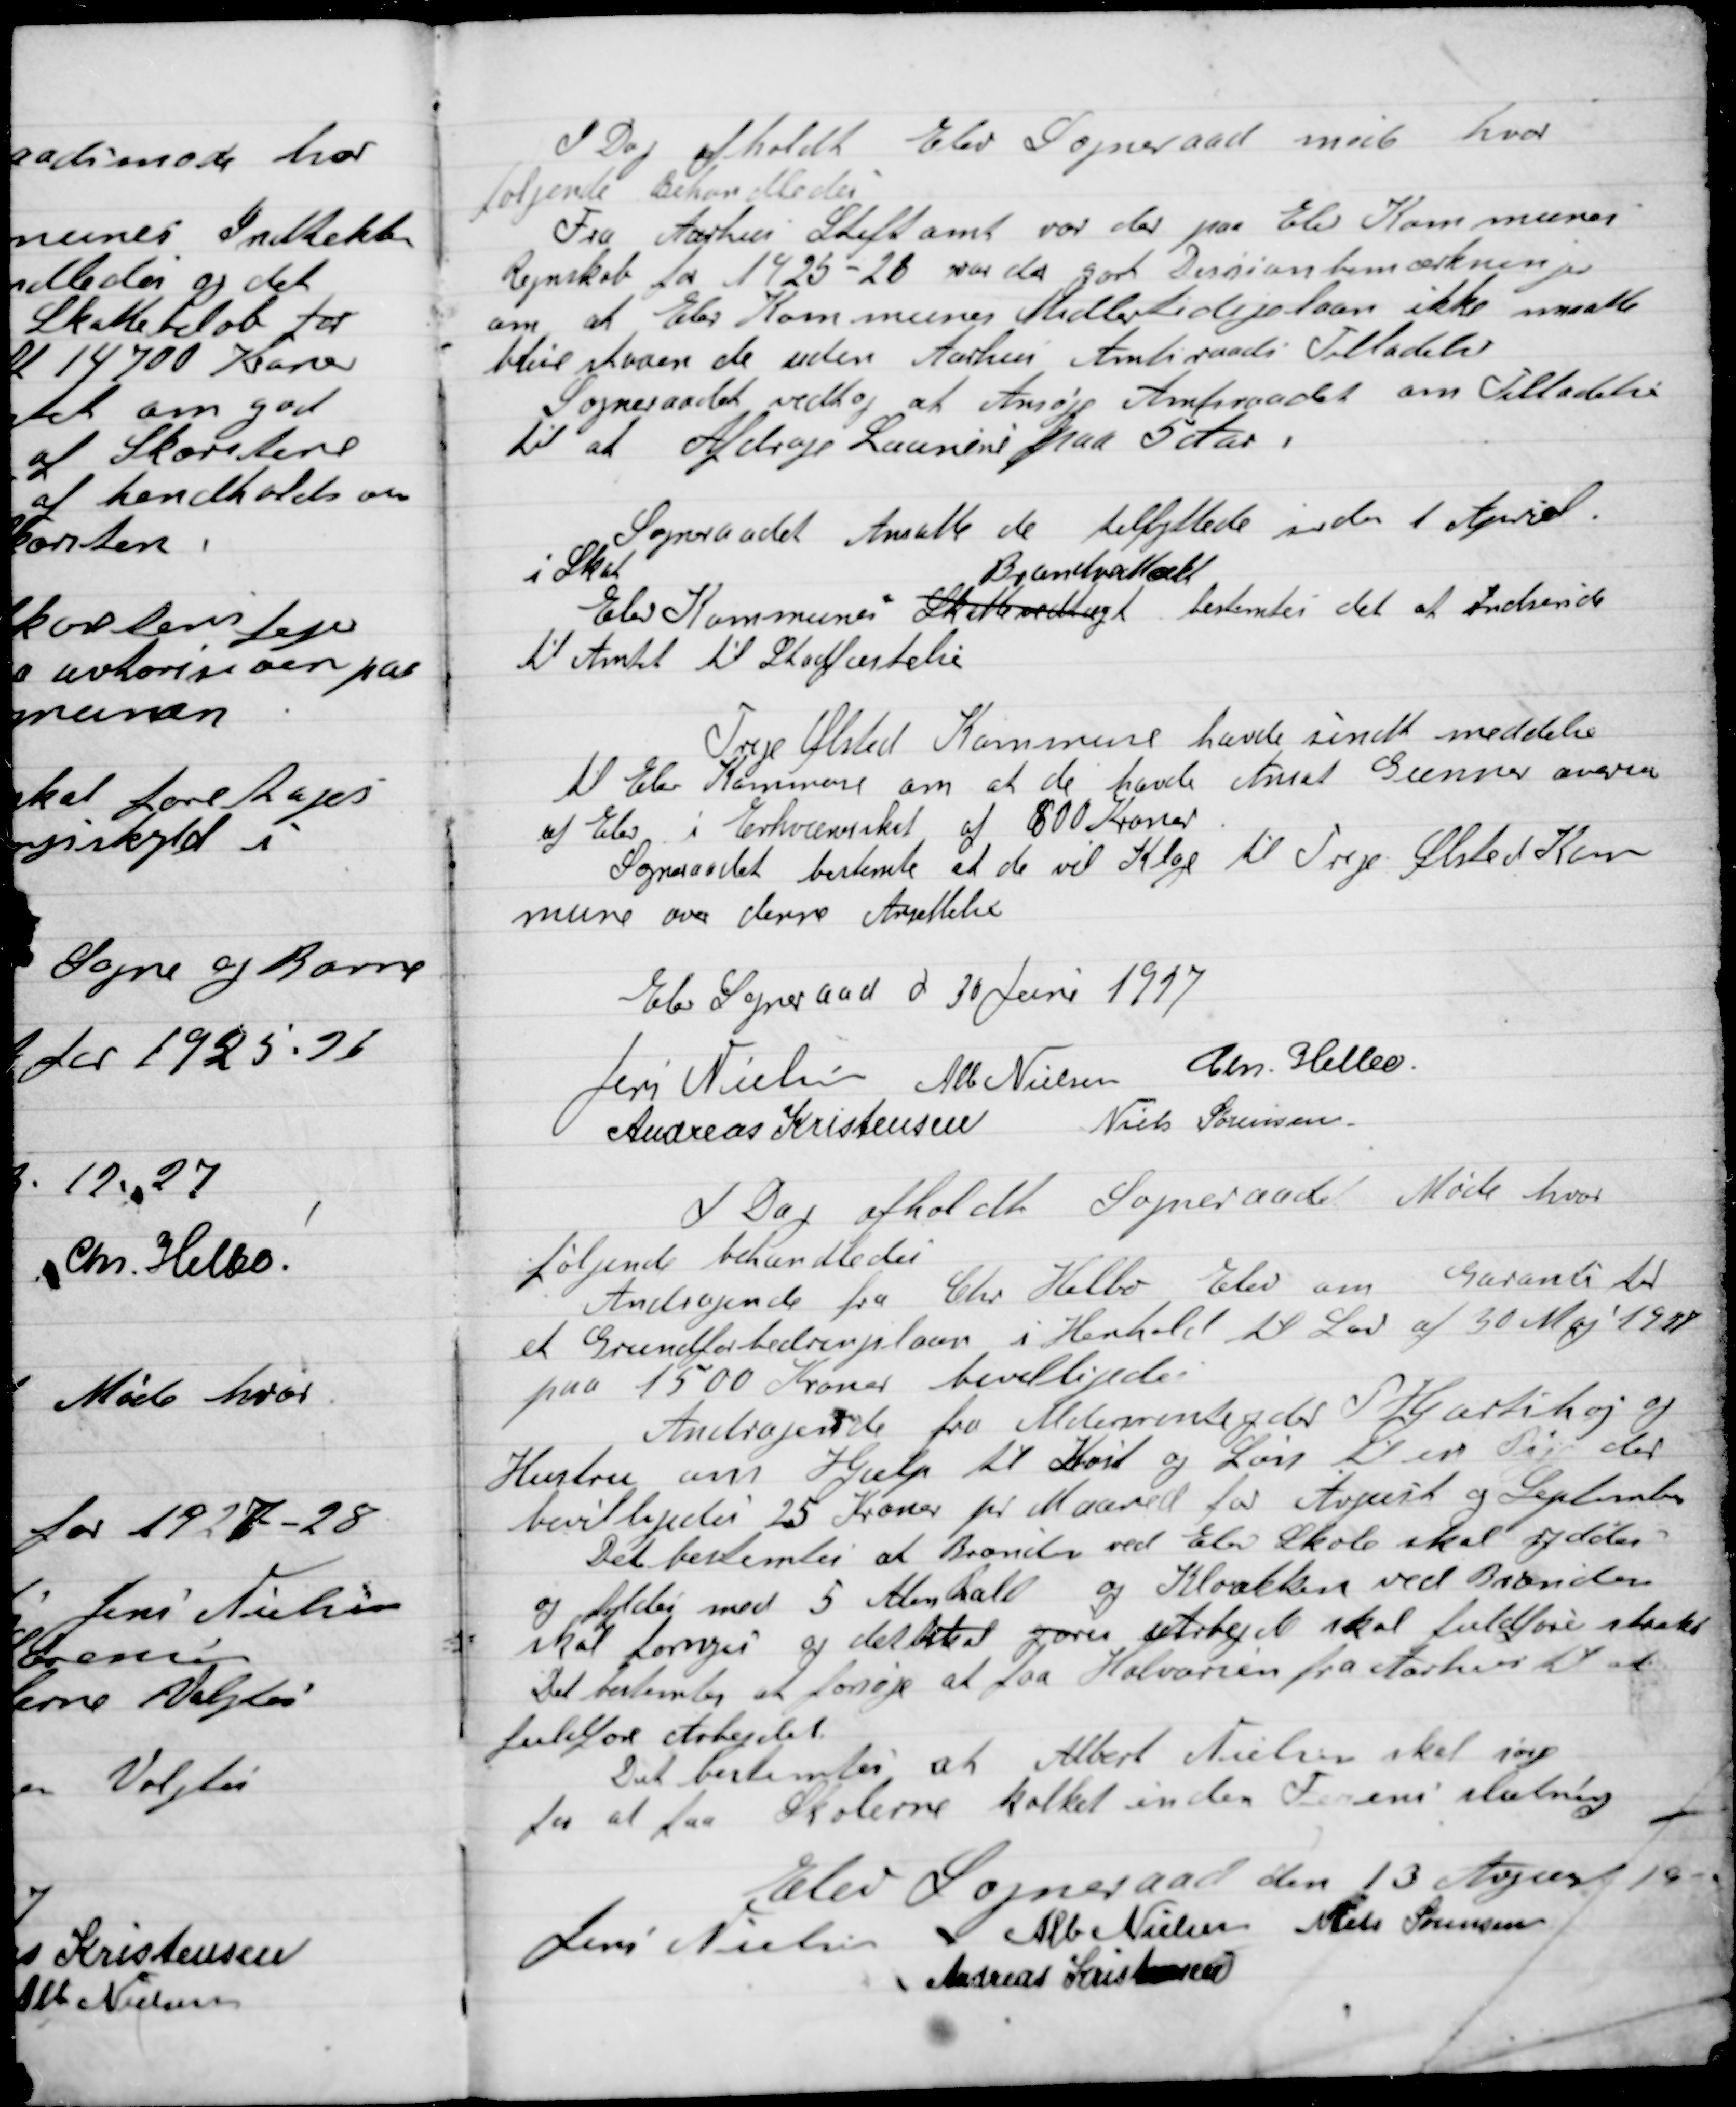
Transskription:
I Dag afholdt Elev Sogneraadet møde hvor
følgende Behandledes der
Fra Aarhus Stiftsamt var der paa Elev Kommunen
Regnskab for 1925-26 var der gjort Revisionsbemærkninger
om at Elev Kommunens Midlertidige Laan ikke maatte
blive staaende uden Aarhus Amtsraads tilladelse.
Sogneraadet vedtog at  Ansøge Amtsradet om Tilladelse
til at Afdrage Laanet paa 5 Aar.

Sogneraadet Ansatte de tilflyttede inden 1 April
i Skat.
Elev Kommunens Skolevedtægt
Brandvedtægt
bestemtes det at Indsende
til Amtet til Stadfæstelse

Trige Ølsted Kommune havde sendt meddelelse
til Elev Kommune om at de havde ansat Gunnar
af Elev i Erhvervsskat af 800 Kroner.
Sogneraadet bestemte at de vil Klage til Trige Ølsted Kom-
mune over deres Ansættelse.

Elev Sogneraad d. 30 Juni 1917

Jens Nielsen
Alb. Nielsen
Chr. Helbo
Andreas Kristensen
Niels Sørensen

I Dag afholdt Sogneraadet Møde hvor
følgende Behandledes
Andragende fra Chr. Helbo Elev om Garanti til
et Grundforbedringslaan i Henhold til Lov af 30 Maj 1911
paa 1500 Kroner bevilgede.

Andragende fra Medlemsydere P. Hjartehøj og
Hustru om Hjælp til Kost og Løn til en Pige der
Bevilgedes 25 Kroner pr. maaned for April og September.
Det bestemtes at Brønden ved Elev Skole skal rydes
og fyldes med 5 Alen Rall og Kloakken ved Brønden
skal fornyes og det skal gøres Arbejde skal fuldføres straks
Det bestemtes at forsøge at faa Halvarsen fra Aarhus til
fuldføre Arbejdet.
 Det bestemtes at Albert Nielsen skal søge
for at faa Skolerne kalket inden Feriens slutning.

Elev Sogneraad den 13 August 19-

Jens Nielsen
Alb. Nielsen
Niels Sørensen
Andreas Kristensen